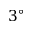
3 ^ { \circ }